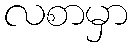
လစာမှာ